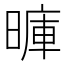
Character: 𪰽